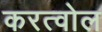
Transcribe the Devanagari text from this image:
करत्वोल